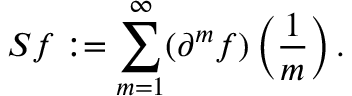
S f : = \sum _ { m = 1 } ^ { \infty } ( \partial ^ { m } f ) \left( { \frac { 1 } { m } } \right) .